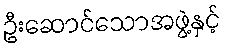
ဦးဆောင်သောအဖွဲ့နှင့်